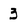
Character: 3